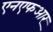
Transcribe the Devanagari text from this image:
एनएफआर